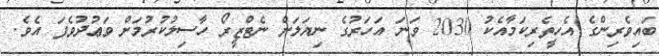
ބައިވެރިންގެ އެހީތެރިކަމާއެކު 2030 ވަނަ އަހަރުގެ ނިޔަލަށް ނެޓްޒީރޯ ހާސިލުކުރުމަށް ވަޢުދުވެފަ އެވެ.